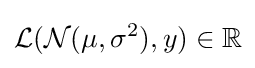
{\mathcal {L}}({\mathcal {N}}(\mu ,\sigma ^{2}),y)\in \mathbb {R}